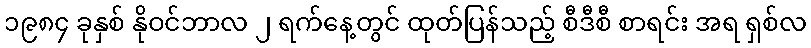
၁၉၈၄ ခုနှစ် နိုဝင်ဘာလ ၂ ရက်နေ့တွင် ထုတ်ပြန်သည့် စီဒီစီ စာရင်း အရ ရှစ်လ